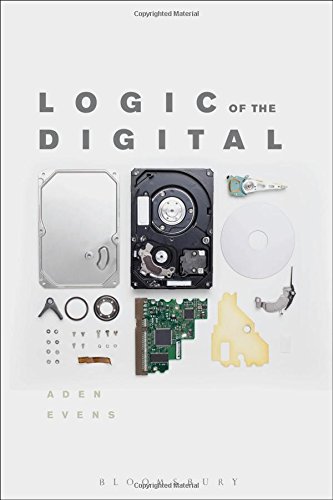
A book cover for Logic of the Digital; Aden Evens; Politics & Social Sciences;